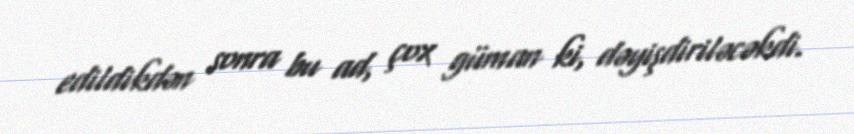
edildikdən sonra bu ad, çox güman ki, dəyişdiriləcəkdi.